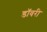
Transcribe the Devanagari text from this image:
डॉवरी